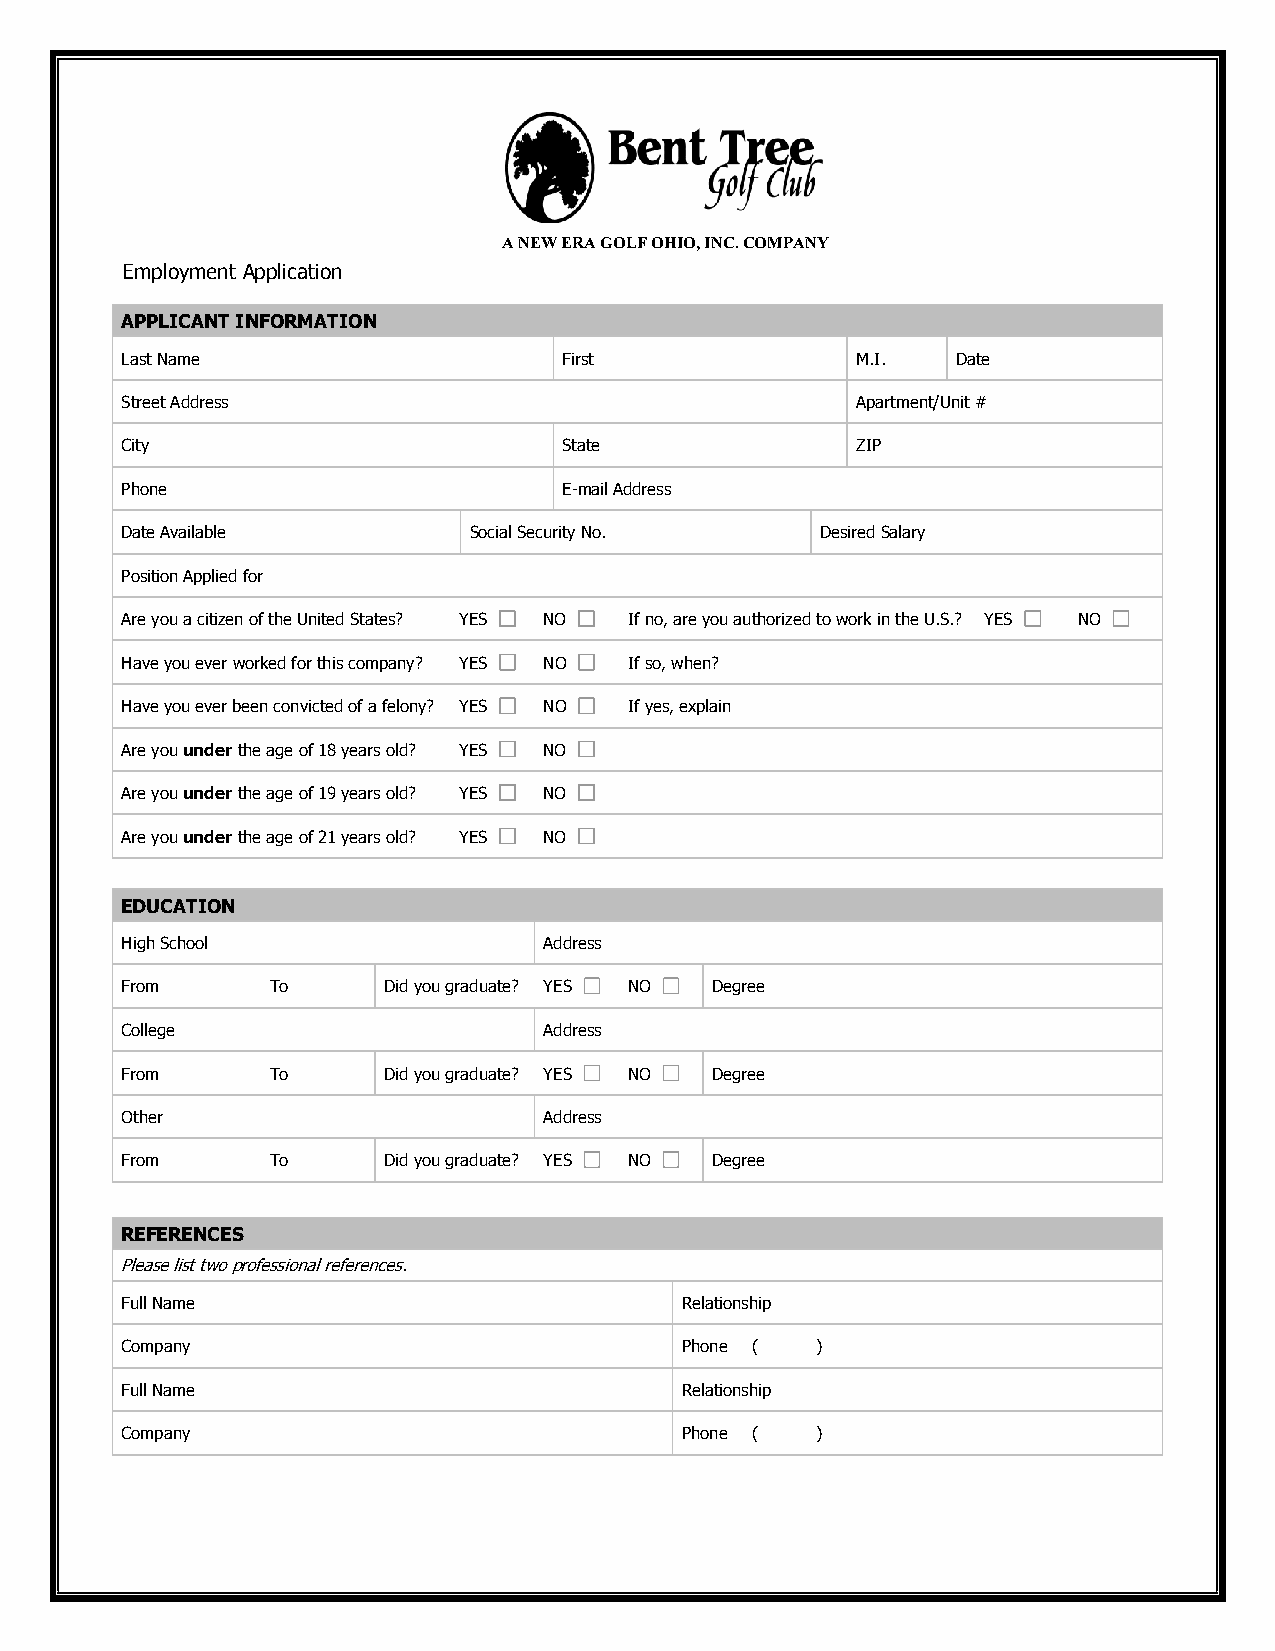
A NEW ERA GOLF OHIO, INC. COMPANY
 Employment Application
 APPLICANT INFORMATION
 Last Name                    First               M.I.  Date
 Street Address                                   Apartment/Unit #
 City                         State               ZIP
 Phone                        E-mail Address
 Date Available         Social Security No.    Desired Salary
 Position Applied for
 Are you a citizen of the United States? YES NO If no, are you authorized to work in the U.S.? YES NO
 Have you ever worked for this company? YES NO If so, when?
 Have you ever been convicted of a felony? YES NO If yes, explain
 Are you under the age of 18 years old? YES NO
 Are you under the age of 19 years old? YES NO
 Are you under the age of 21 years old? YES NO
 EDUCATION
 High School                 Address
 From      To     Did you graduate? YES NO Degree
 College                     Address
 From      To     Did you graduate? YES NO Degree
 Other                       Address
 From      To     Did you graduate? YES NO Degree
 REFERENCES
 Please list two professional references.
 Full Name                            Relationship
 Company                              Phone (  )
 Full Name                            Relationship
 Company                              Phone (  )